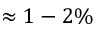
\approx 1 - 2 \%